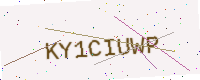
Text: KY1CIUWP